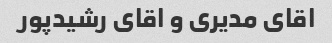
اقای مدیری و اقای رشیدپور